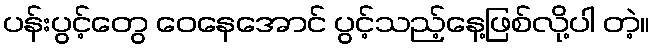
ပန်းပွင့်တွေ ဝေနေအောင် ပွင့်သည့်နေ့ဖြစ်လို့ပါ တဲ့။